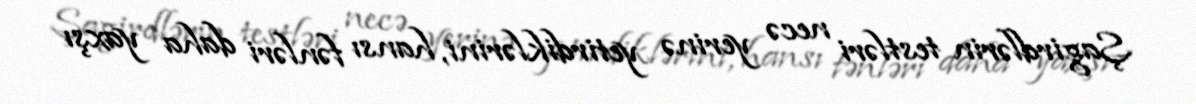
Şagirdlərin testləri necə yerinə yetirdiklərini, hansı fənləri daha yaxşı